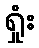
ရှုံး